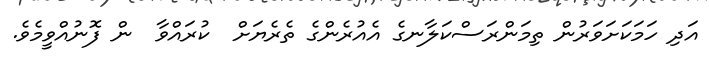
އަދި ހަމަކަށަވަރުން ތިމަންރަސްކަލާނގެ އެއުރެންގެ ތެރެޔަށް  ކުރައްވާ  ން ފޮނުއްވީމެވެ.